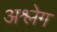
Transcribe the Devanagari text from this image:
अश्लेग